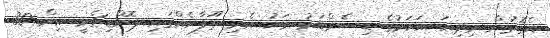
އެގޮތުން މިދިޔަ އަހަރުގެ ޑިސެމްބަރު މަހު އެރި ތޫފާނެއްގައި ޕޮންޑިޗެރީ އިން 30